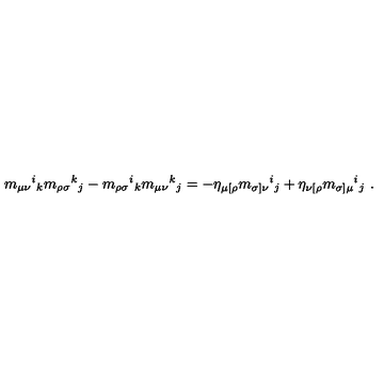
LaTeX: m _ { \mu \nu } { } ^ { i } { } _ { k } m _ { \rho \sigma } { } ^ { k } { } _ { j } - m _ { \rho \sigma } { } ^ { i } { } _ { k } m _ { \mu \nu } { } ^ { k } { } _ { j } = - \eta _ { \mu [ \rho } m _ { \sigma ] \nu } { } ^ { i } { } _ { j } + \eta _ { \nu [ \rho } m _ { \sigma ] \mu } { } ^ { i } { } _ { j } \ .